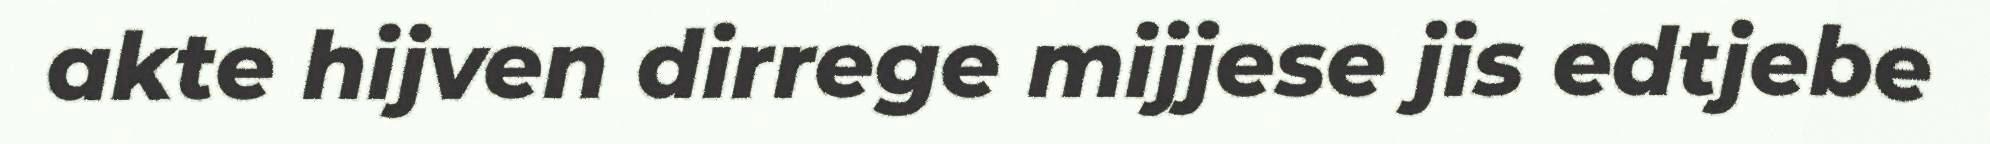
akte hijven dirrege mijjese jis edtjebe